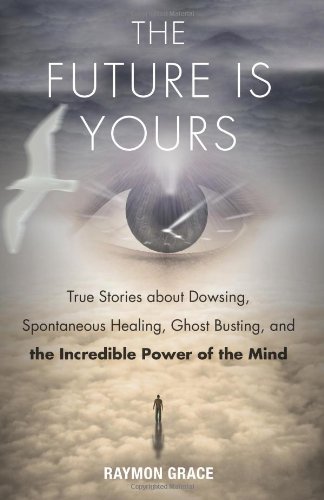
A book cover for The Future Is Yours: True Stories about Dowsing, Spontaneous Healing, Ghost Busting, and the Incredible Power of the Mind; Raymon Grace; Religion & Spirituality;